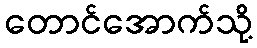
တောင်အောက်သို့